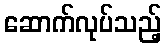
ဆောက်လုပ်သည့်